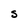
Character: S